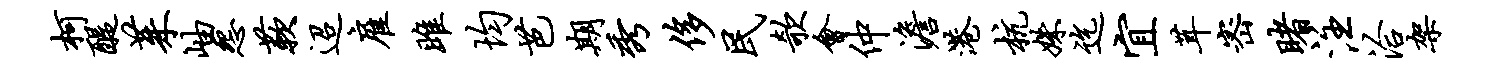
柯醍茱岫怨蔌迢雇雎均芭期秀侈民欹会仲澹港杭姝迄宜茸密睹注洽架